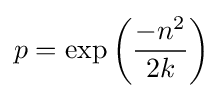
p=\exp \left({\frac {-n^{2}}{2k}}\right)